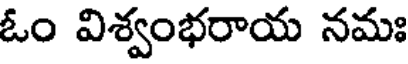
ఓం విశ్వంభరాయ నమః